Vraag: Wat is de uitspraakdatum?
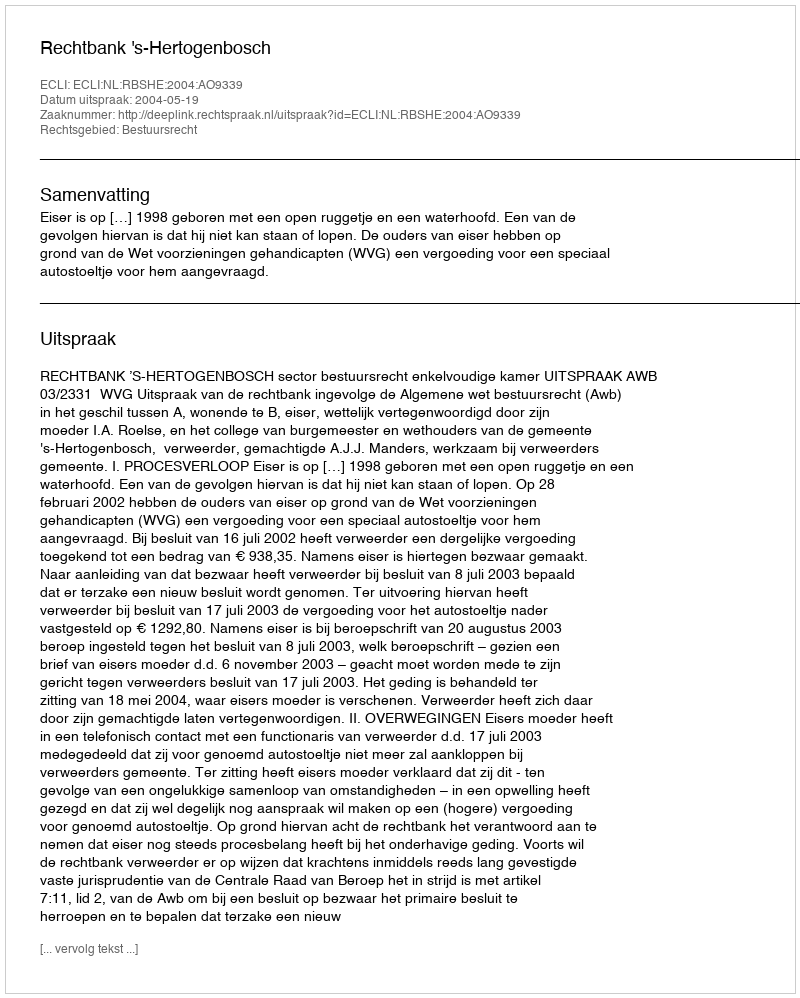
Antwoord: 2004-05-19